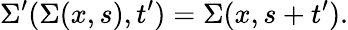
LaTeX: \Sigma^{\prime}(\Sigma(x,s),t^{\prime})=\Sigma(x,s+t^{\prime}).